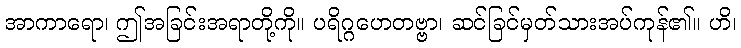
အာကာရော၊ ဤအခြင်းအရာတို့ကို။ ပရိဂ္ဂဟေတဗ္ဗာ၊ ဆင်ခြင်မှတ်သားအပ်ကုန်၏။ ဟိ၊